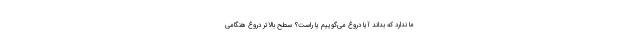
ما ندارد که بداند آیا دروغ می‌گوییم یا راست؟ سطح بالاتر دروغ هنگامی